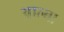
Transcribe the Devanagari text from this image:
आल्बा